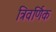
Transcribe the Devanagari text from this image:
त्रिवर्णिक